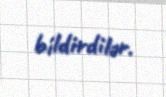
bildirdilər.